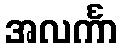
အလင်္ကာ